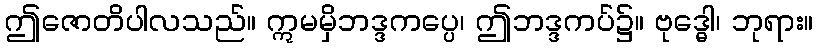
ဤဇောတိပါလသည်။ ဣမမှိဘဒ္ဒကပ္ပေ၊ ဤဘဒ္ဒကပ်၌။ ဗုဒ္ဓေါ၊ ဘုရား။